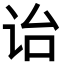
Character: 诒